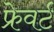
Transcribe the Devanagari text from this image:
फ्रेवर्ट